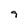
Character: 9